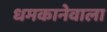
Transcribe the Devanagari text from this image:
धमकानेवाला